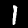
Digit: 1